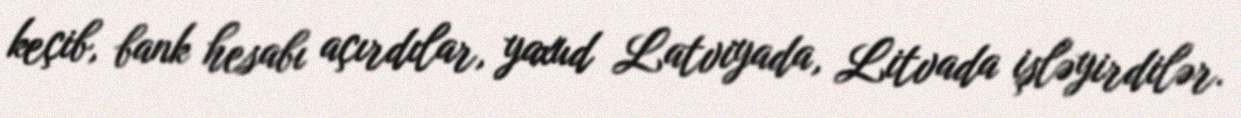
keçib, bank hesabı açırdılar, yaxud Latviyada, Litvada işləyirdilər.